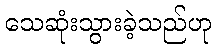
သေဆုံးသွားခဲ့သည်ဟု